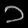
Digit: ၁